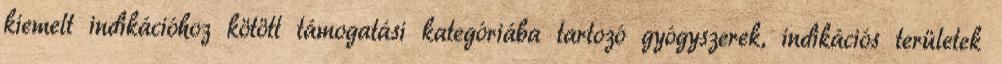
kiemelt indikációhoz kötött támogatási kategóriába tartozó gyógyszerek, indikációs területek